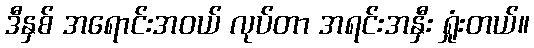
ဒီနှစ် အရောင်းအဝယ် လုပ်တာ အရင်းအနှီး ရှုံးတယ်။